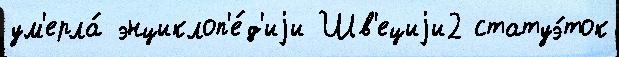
ум'ерла́ энциклоп'е́д'иjи Шв'ециjи2 статуэ́ток